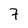
Character: 7